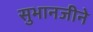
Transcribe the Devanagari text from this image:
सुभानजीने